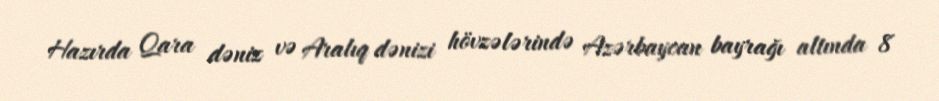
Hazırda Qara dəniz və Aralıq dənizi hövzələrində Azərbaycan bayrağı altında 8